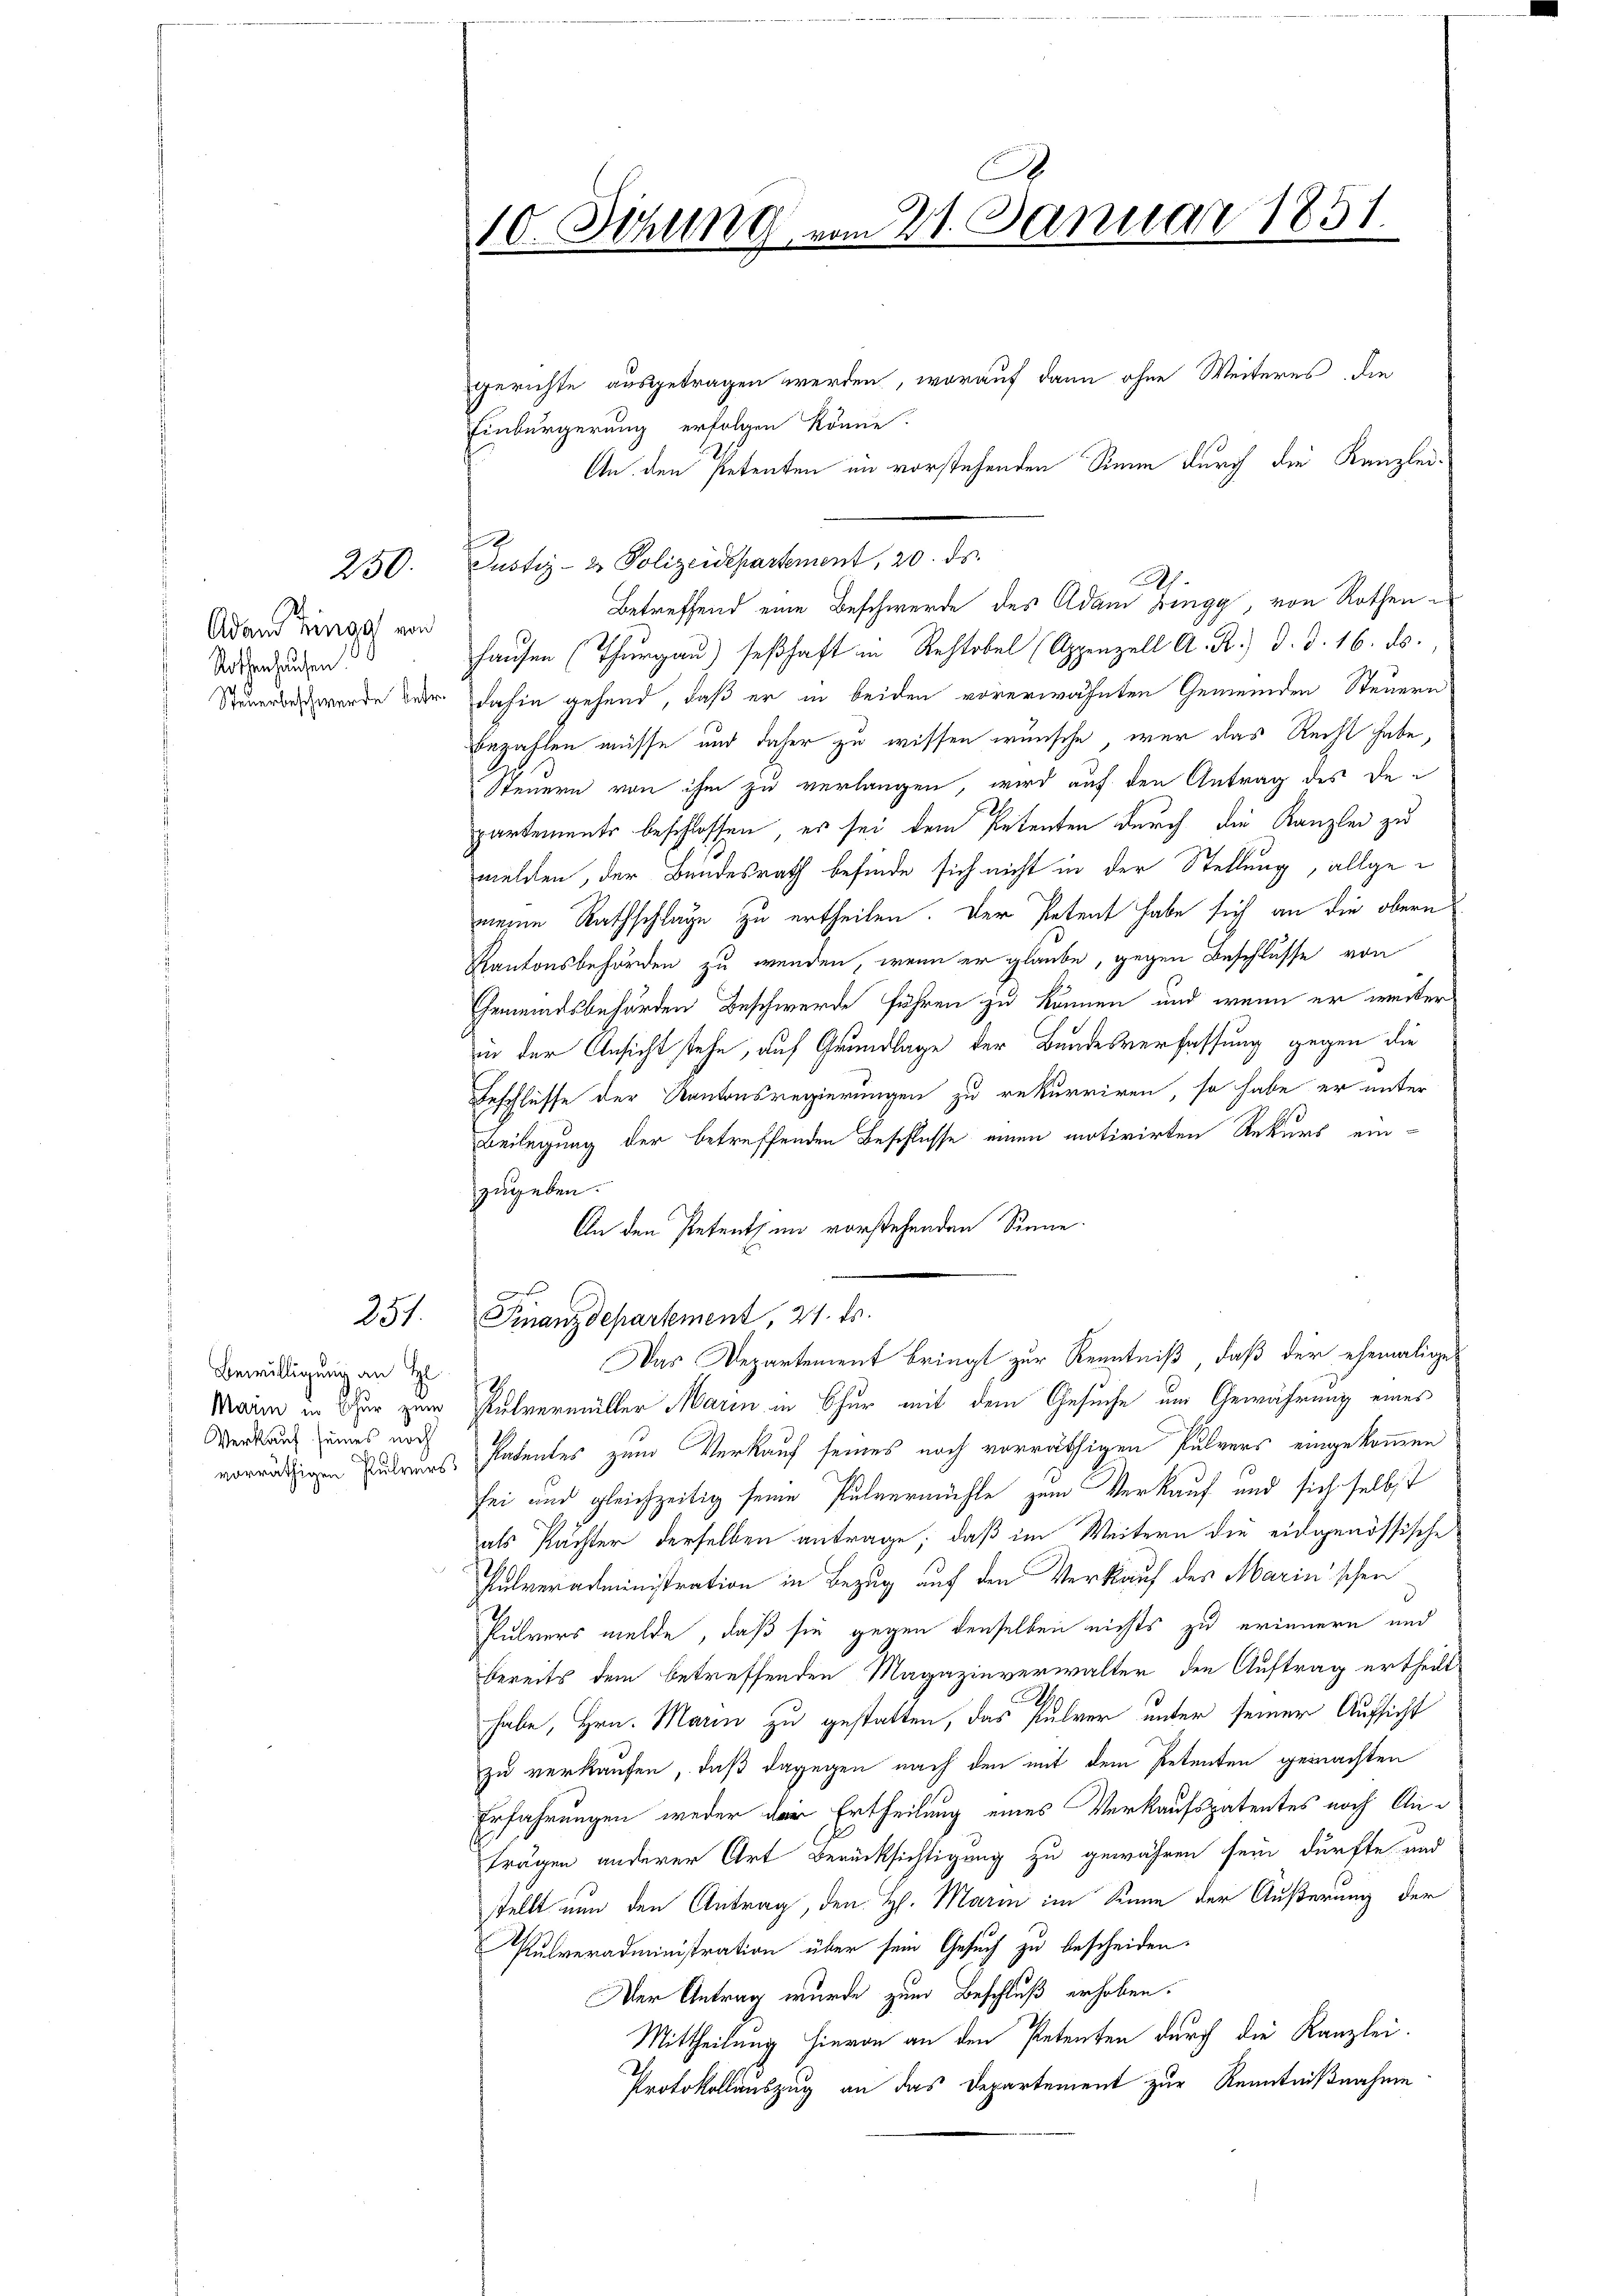
Adam Hinge von
Rothenhausen.

250.

257.

Bewilligung an H
Verkauf seines noch

.
10. Sitzung vom 21. Januar 1851.

gerichte ausgetragen werden, worauf dann ohne Weiteres die
Einbürgerung erfolgen könne.
An den Petenten im vorstehenden Sinne durch die Kanzlei¬
Justiz- & Polizeidepartement, 20. ds.
h
Betreffend eine Beschwerde des Adam Zingg, von Rothen u
hausen (Thurgau) seßhaft in Rechtobel (Appenzell A. R.) d. d. 16. ds.
Steuerbert werde beir dahin gehend, daß er in beiden vorerwähnten Gemeinden Steuern
bbezahlen müsse und daher zu wissen wünsche war das Recht habe,
Steuern von ihm zu verlangen, wird auf den Antrag des departements beschlossen, es sei dem Petenten durch die Kanzlei zu
melden, der Bundesrath befinde sich nicht in der Stellung, allgemeine Rathschlage zu ertheilen. Der Petent habe sich an die obern
Kantonsbehörden zu wenden, wenn er glaube, gegen Beschlüsse von
Gemeindsbehörden Beschwerde führen zu können, und wenn er weiter
in der Ansicht stehe, auf Grundlage der Bundesverfassung gegen die
Beschlüsse der Kantonsregierungen zu rekurriren, so habe er unter
Beilegung der betreffenden Beschlusse einen motivirten Rekurs ein-
zugeben.
An den Petent im vorstehenden Sinne

Finanzdepartement, 21. ds.
Das Departement bringt zur Kenntniß, daß der ehemaliges
Main in der zum Pulvermüller Marin in Chur mit dem Gesuche um Gewährung eines
vorrätigen Rubruns Patentes zum Verkauf seines noch vorräthigen Pulvers eingekommen
sei und gleichzeitig seine Pulvermühle zum Verkauf und sich selbst
als Pächter derselben antrage, daß im Weitern die eidgenössische
Pulver administration in Bezug auf den Verkauf des Marin schen
Pulvers melde, daß sie gegen denselben nichts zu erinnern und
bereits dem betreffenden Magazinverwalter den Auftrag ertheilt
habe, Hrn. Marin zu gestatten, das Pulver unter seiner Aufsicht
zu verkaufen, daß dagegen nach den mit dem Petenten gemachten
Erfahrungen weder der Ertheilung eines Verkaufspatentes noch Anträgen anderer Art Berücksichtigung zu gewähren sein dürfte und
stellt nun den Antrag, den H. Marin im Sinne der Äußerung der
Pulveradministration über sein Gesuch zu bescheiden.
Der Antrag wurde zum Beschluß erhoben.
Mittheilung hievon an den Petenten durch die Kanzlei-
Protokollauszug an das Departement zur Kenntnißnahme